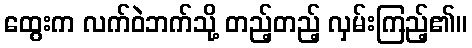
ထွေးက လက်ဝဲဘက်သို့ တည့်တည့် လှမ်းကြည့်၏။